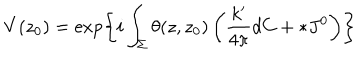
V ( z _ { 0 } ) = \exp \left\{ i \int _ { \Sigma } \theta ( z , z _ { 0 } ) \left( \frac { k ^ { \prime } } { 4 \pi } d C + * J ^ { 0 } \right) \right\}